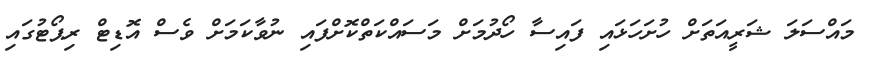
މައްސަލަ ޝަރީއަތަށް ހުށަހަޅައި ފައިސާ ހޯދުމަށް މަސައްކަތްކޮށްފައި ނުވާކަމަށް ވެސް އޮޑިޓް ރިޕޯޓުގައި